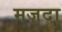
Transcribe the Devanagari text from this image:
मज़दा